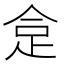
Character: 𧿍